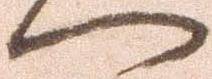
へ